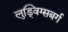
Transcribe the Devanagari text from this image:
लुड्विग्सबर्ग